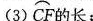
(3)\stackrel\frown{CF} 的长；